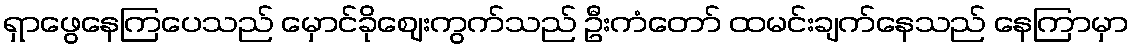
ရှာဖွေနေကြပေသည် မှောင်ခိုဈေးကွက်သည် ဦးကံတော် ထမင်းချက်နေသည် နေကြာမှာ